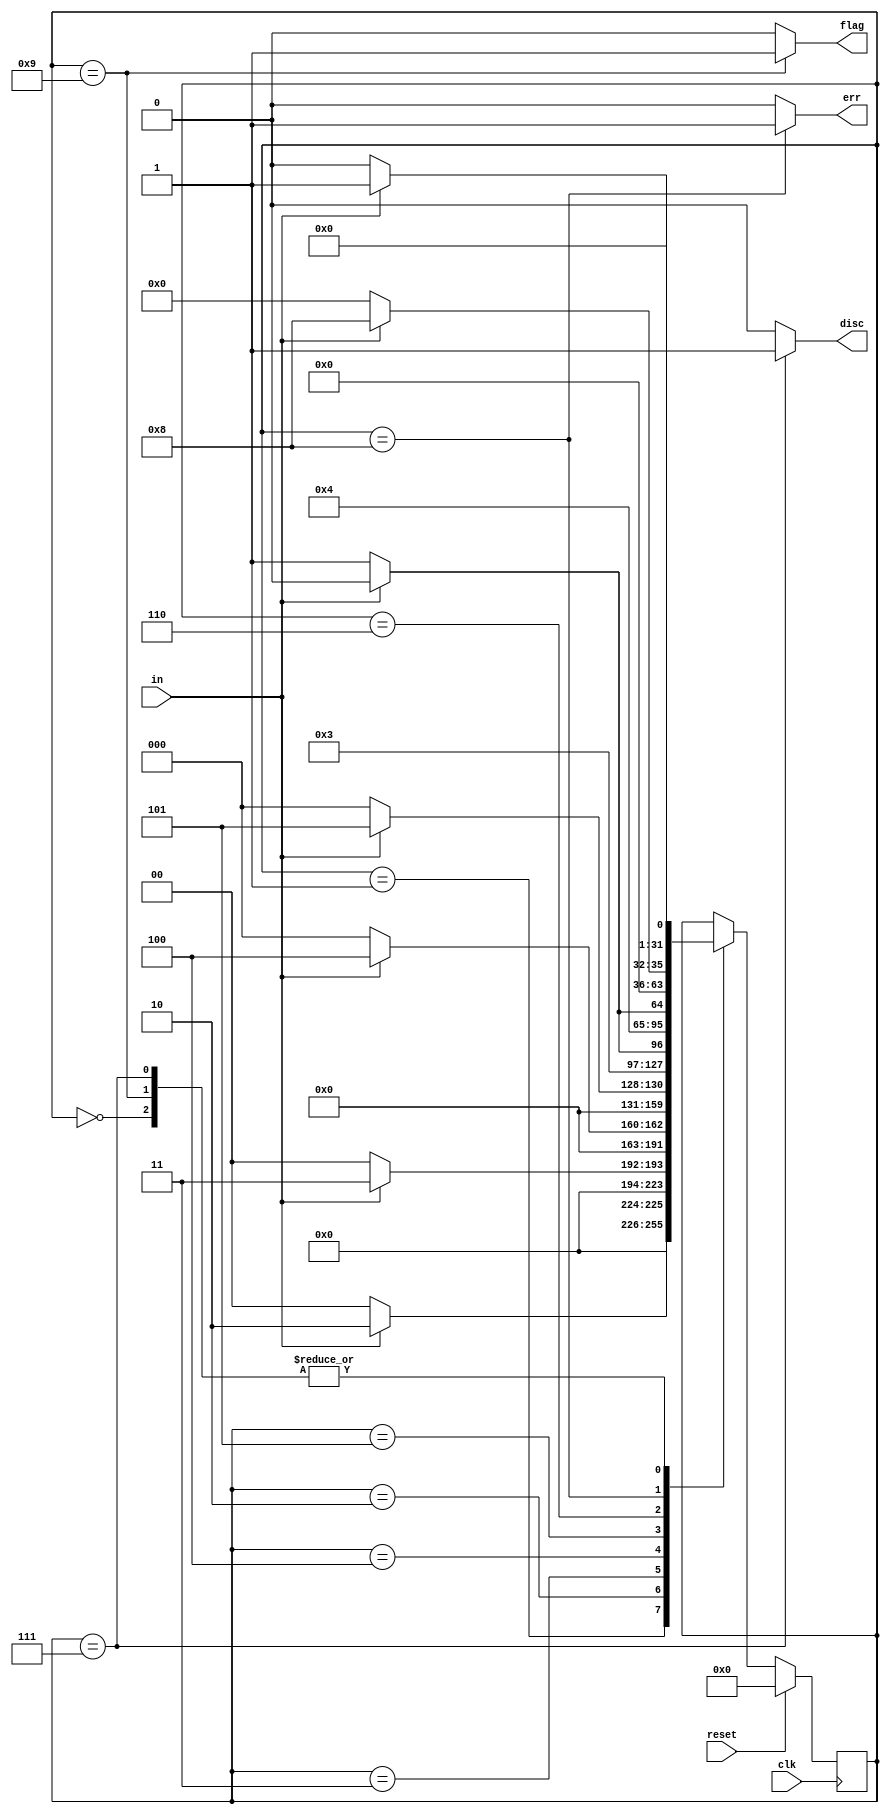
module top_module(
    input clk,
    input reset,    // Synchronous reset
    input in,
    output disc,
    output flag,
    output err);
    
    reg [31:0] state;
    always @(posedge clk) begin
        if (reset) 
            state <= 0;
        else begin
            case (state) 
                0: begin
                    if (in==1)
                        state <= 1;
                    else
                        state <= 0;
                end
                1: begin
                    if (in==1)
                        state <= 2;
                    else
                        state <= 0;
                end
                2: begin
                    if (in==1)
                        state <= 3;
                    else
                        state <= 0;
                end
                3: begin
                    if (in==1)
                        state <= 4;
                    else
                        state <= 0;
                end
                4: begin
                    if (in==1)
                        state <= 5;
                    else
                        state <= 0;
                end
                5: begin
                    if (in==1)
                        state <= 6; //6 is the flag state
                    else
                        state <= 7; //7 is the disc state
                end
                6: begin
                    if (in==1)
                        state <= 8; //8 is the err state
                    else
                        state <= 9;
                end
                7: begin
                    if (in==1)
                        state <= 1;
                    else
                    	state <= 0;
                end
                8: begin
                    if (in==1)
                        state <= 8;
                    else
                        state <= 0;
                end
                9: begin
                    if (in==1)
                        state <= 1;
                    else
                    	state <= 0;
                end
            endcase
        end
    end
    
    assign disc = (state==7)?1:0;
    assign flag = (state==9)?1:0;
    assign err = (state==8)?1:0;

endmodule